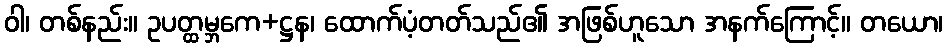
ဝါ၊ တစ်နည်း။ ဥပတ္ထမ္ဘကေ+ဋ္ဌန၊ ထောက်ပံ့တတ်သည်၏ အဖြစ်ဟူသော အနက်ကြောင့်။ တယော၊